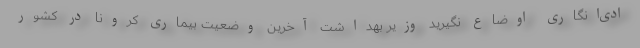
ادی‌انگاری اوضاع نگیرید وزیر بهداشت آخرین وضعیت بیماری کرونا در کشور